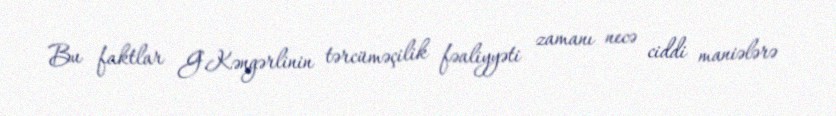
Bu faktlar G.Kəngərlinin tərcüməçilik fəaliyyəti zamanı necə ciddi maniələrə